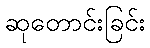
ဆုတောင်းခြင်း